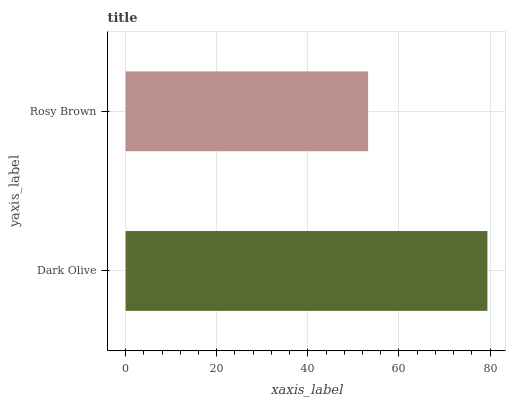
| yaxis_label | bars |
 | --- | --- |
 | Dark Olive | 79.4 |
 | Rosy Brown | 53.2 |